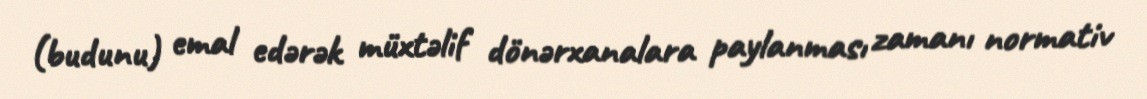
(budunu) emal edərək müxtəlif dönərxanalara paylanması zamanı normativ